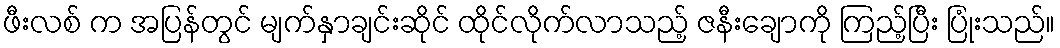
ဖီးလစ် က အပြန်တွင် မျက်နှာချင်းဆိုင် ထိုင်လိုက်လာသည့် ဇနီးချောကို ကြည့်ပြီး ပြုံးသည်။